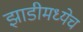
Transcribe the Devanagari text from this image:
झाडीमध्येच